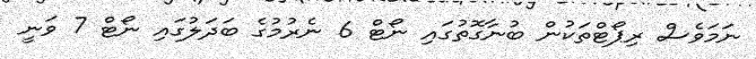
ނަމަވެސް ރިޕޯޓްތަކުން ބުނާގޮތުގައި ނޯޓް 6 ނެރުމުގެ ބަދަލުގައި ނޯޓް 7 ވަނީ